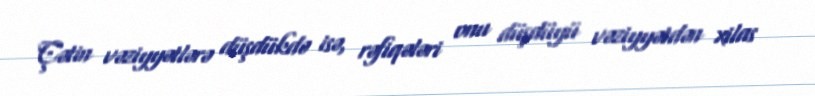
Çətin vəziyyətlərə düşdükdə isə, rəfiqələri onu düşdüyü vəziyyətdən xilas